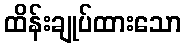
ထိန်းချုပ်ထားသော